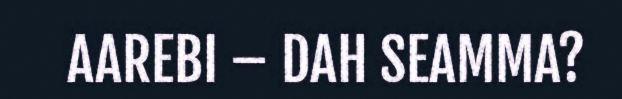
AAREBI – DAH SEAMMA?